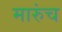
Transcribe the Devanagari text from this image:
मारुंच